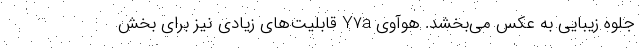
جلوه زیبایی به عکس می‌بخشد. هوآوی Y7a قابلیت‌های زیادی نیز برای بخش